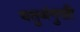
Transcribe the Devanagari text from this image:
चतुर्थमुखी